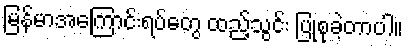
မြန်မာအကြောင်းရပ်တွေ ထည့်သွင်း ပြုစုခဲ့တာပါ။